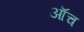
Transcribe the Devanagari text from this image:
ऑंच